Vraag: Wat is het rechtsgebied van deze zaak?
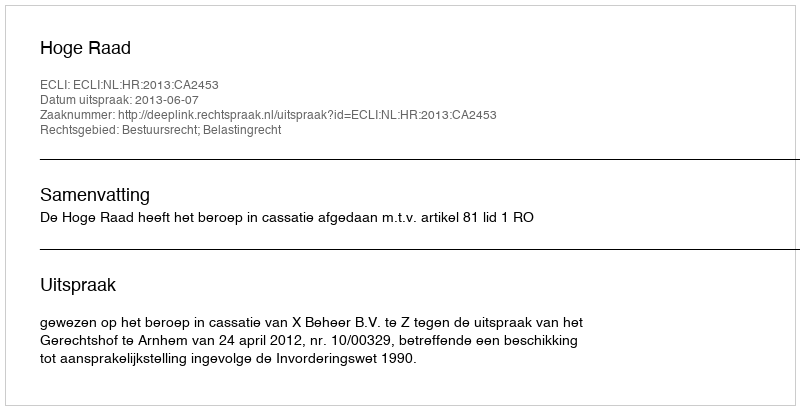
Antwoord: Bestuursrecht; Belastingrecht